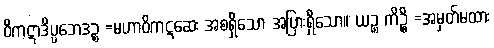
ဝိကဋာဒိပ္ပဘေဒဉ္စ =မဟာဝိကဋဆေး အစရှိသော အပြားရှိသော။ ယဉ္စ ကိဉ္စိ =အမှတ်မထား